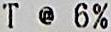
T @ 6%